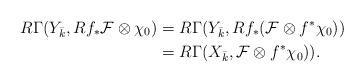
LaTeX: \begin{align*}R\Gamma(Y_{\bar k}, Rf_\ast\mathcal F\otimes\chi_0)&=R\Gamma(Y_{\bar k}, Rf_\ast(\mathcal F\otimes f^\ast\chi_0))\\ &=R\Gamma(X_{\bar k},\mathcal F\otimes f^\ast\chi_0)).\end{align*}